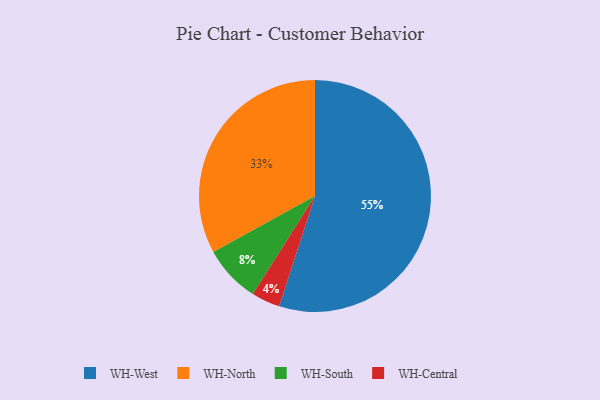
{"axis": {"x": "Category", "y": "Percentage"}, "legend": ["WH-Central", "WH-North", "WH-South", "WH-West"], "data": [{"x": "WH-Central", "y": 4, "type": "WH-Central"}, {"x": "WH-South", "y": 8, "type": "WH-South"}, {"x": "WH-North", "y": 33, "type": "WH-North"}, {"x": "WH-West", "y": 55, "type": "WH-West"}]}